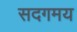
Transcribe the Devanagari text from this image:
सदगमय